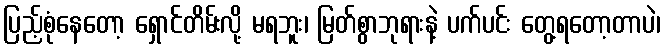
ပြည့်စုံနေတော့ ရှောင်တိမ်းလို့ မရဘူး၊ မြတ်စွာဘုရားနဲ့ ပက်ပင်း တွေ့ရတော့တာပဲ၊